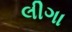
લીગા